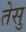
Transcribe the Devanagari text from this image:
तेसु